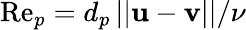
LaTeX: \mathrm{Re}_{p}=d_{p}\left\lvert\lvert\mathbf{u}-\mathbf{v}\right\rvert\rvert/\nu